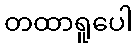
တထာရူပေါ